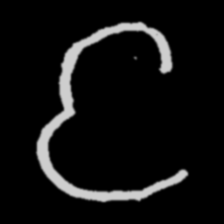
Pyu character \u2014 Myanmar letter: င (romanized: nga)